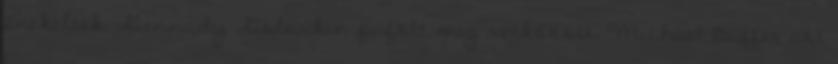
énekeltek. Gennady Golovkin püfölt meg vetkőzött, Michael Buffer azt